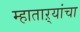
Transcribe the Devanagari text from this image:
म्हाताऱ्यांचा